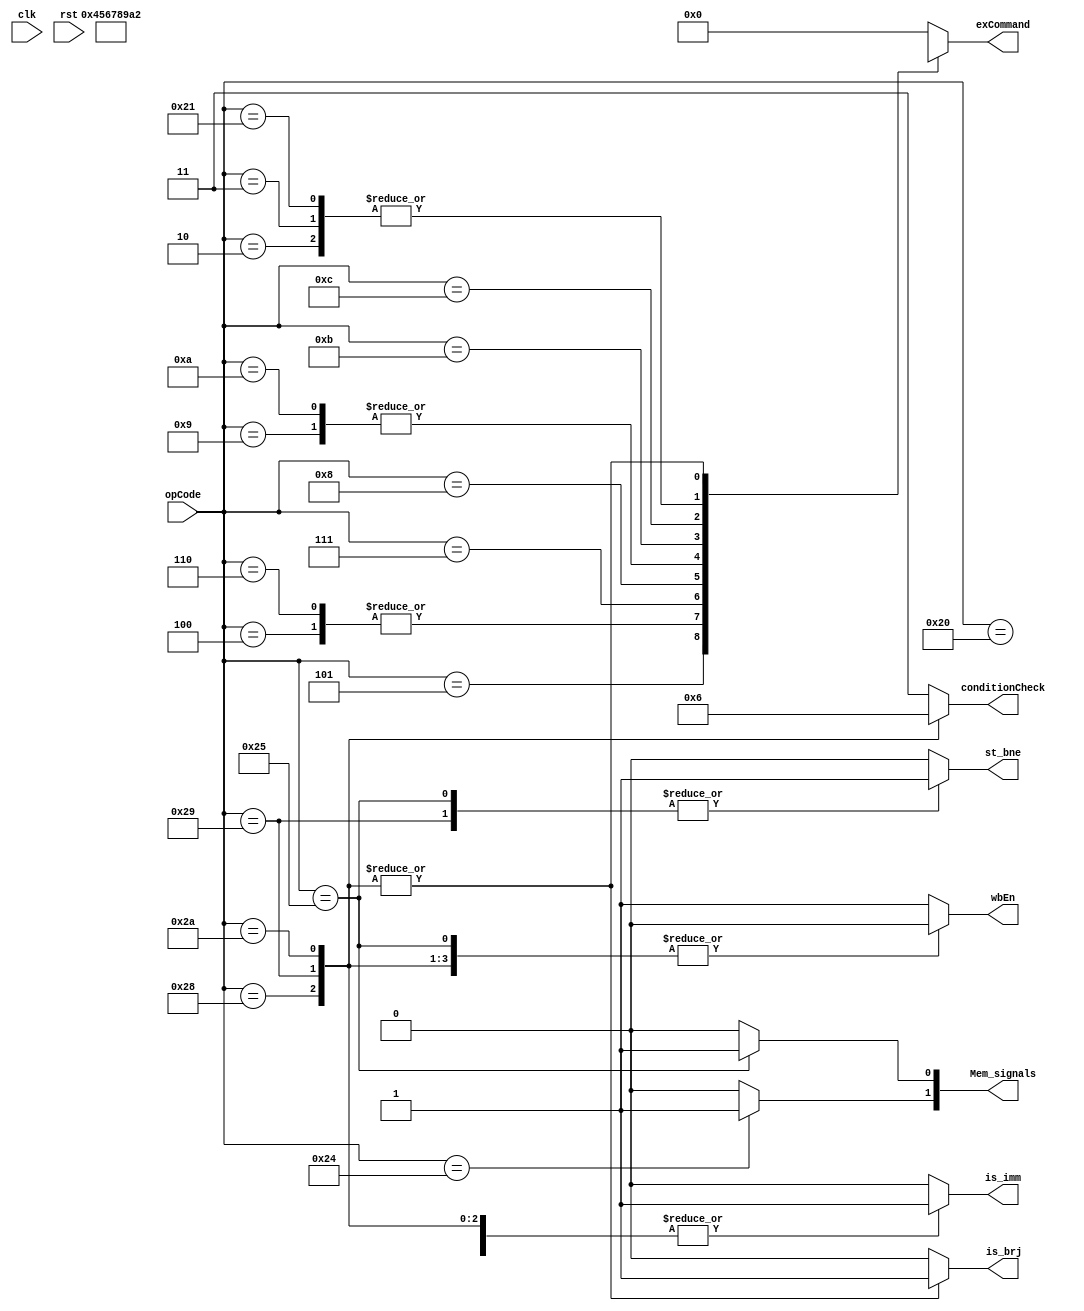
module ControlUnit(input clk, input rst, input [5:0]opCode, output reg[1:0]conditionCheck, 
output reg  is_brj, is_imm, st_bne,output reg [1:0] Mem_signals, output reg wbEn, output reg [3:0]exCommand);

reg memRead, memWrite;


always @(*)begin
   Mem_signals = {memRead, memWrite};
	st_bne <= 0;
	is_imm <= 0;
	is_brj <= 0;
	exCommand <= 4'b0000;
	wbEn <= 1;
	memRead <= 0;
	memWrite <= 0;
	conditionCheck <= 2'b11;
	case(opCode)
		6'd1: begin exCommand <= 4'b0000; end
		6'd2: begin exCommand <= 4'b0010; end
		6'd3: begin exCommand <= 4'b0010; end
		6'd4: begin exCommand <= 4'b0101; end
		6'd5: begin exCommand <=  4'b0100; end
		6'd6: begin exCommand <=  4'b0101; end
		6'd7: begin exCommand <=  4'b0110; end
		6'd8: begin exCommand <=  4'b0111; end
		6'd9: begin exCommand <=  4'b1000; end
		6'd10: begin exCommand <= 4'b1000; end
		6'd11: begin exCommand <= 4'b1001; end
		6'd12: begin exCommand <= 4'b1010; end
		6'd32: begin exCommand <= 4'b0000; is_imm <= 1;end
		6'd33: begin exCommand <= 4'b0010; is_imm <= 1; end
		6'd36: begin exCommand <= 4'b0000; memRead <= 1; end
		6'd37: begin exCommand <= 4'b0000; memWrite <= 1; wbEn <= 0; st_bne<=1; end
		6'd40: begin exCommand <= 4'bxxxx; wbEn <= 0; conditionCheck <= 2'b00; is_brj <= 1; is_imm <= 1; end
		6'd41: begin exCommand <= 4'bxxxx; wbEn <= 0; conditionCheck <= 2'b01; is_brj <= 1; st_bne<=1; is_imm <= 1; end
		6'd42: begin exCommand <= 4'bxxxx; wbEn <= 0; conditionCheck <= 2'b10; is_brj <= 1; is_imm <= 1; end
	endcase
end

endmodule